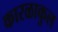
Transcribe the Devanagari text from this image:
कारळाकुल